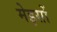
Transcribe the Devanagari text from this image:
मेइसों